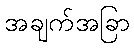
အချက်အခြာ